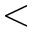
<